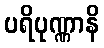
ပရိပုဏ္ဏာနိ